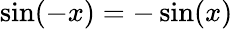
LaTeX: \sin(-x)=-\sin(x)